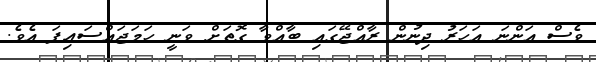
ވެސް އަންނަ އަހަރު ދިނުން ރާއްޖޭގައި ބާއްވާ ގޮތަށް ވަނީ ހަމަޖައްސައިފަ އެވެ.